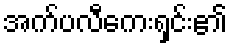
အက်ပလီကေးရှင်း၏